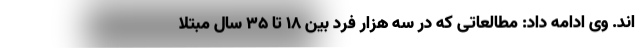
اند. وی ادامه داد: مطالعاتی که در سه هزار فرد بین ۱۸ تا ۳۵ سال مبتلا